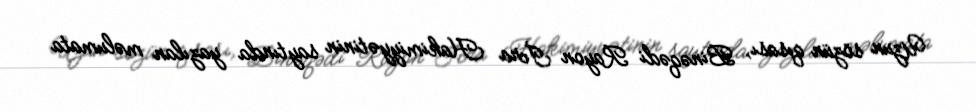
Uzun sözün qısası, Binəqədi Rayon İcra Hakimiyyətinin saytında yazılan məlumata